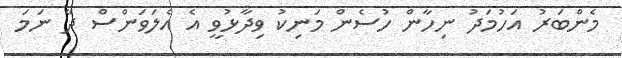
މެންބަރު އަހުމަދު ނިހާން ހުސެން މަނިކު ވިދާޅުވީ އެ އެލަވަންސް ދޭ ނަމަ